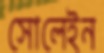
সোলেইন